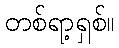
တစ်ရာ့ရှစ်။